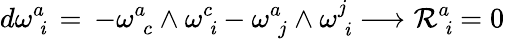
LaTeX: d\omega_{\phantom{\mathit{i}}\mathit{i}}^{a}\, =\, -\omega_{\phantom{c}c}^{a}\wedge\omega_{\phantom{\mathit{i}}\mathit{i}}^{c}-\omega_{\phantom{j}j}^{a}\wedge\omega_{\phantom{\mathit{i}}\mathit{i}}^{j}\longrightarrow\mathcal{R}_{\phantom{\mathit{i}}\mathit{i}}^{a}=0